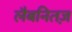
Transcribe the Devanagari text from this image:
लैबनितज़